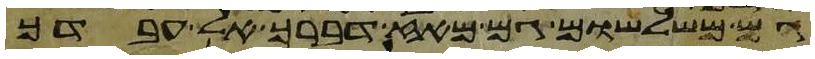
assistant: גם משלשום גם מאז דברך אל עבדך